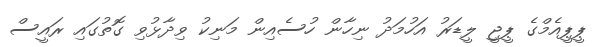
ޕީޕީއެމްގެ ޕީޖީ ލީޑަރު އަހުމަދު ނިހާން ހުސެއިން މަނިކު ވިދާޅުވި ގޮތުގައި ރައީސް